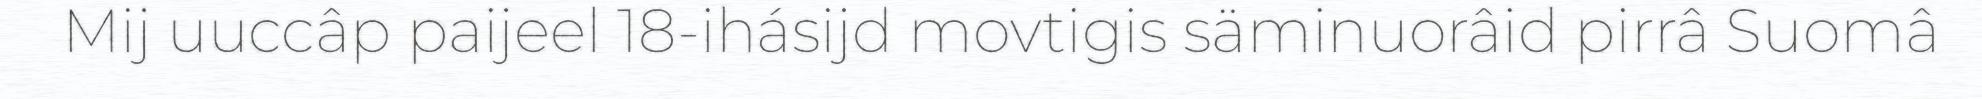
Mij uuccâp paijeel 18-ihásijd movtigis säminuorâid pirrâ Suomâ